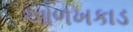
ઓળખકાડ